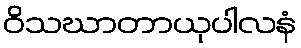
ဝိသဃာတာယုပါလနံ